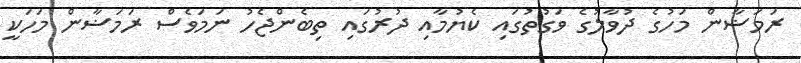
ރަމަޟާން މަހުގެ ދުވާލުގެ ވަގުތުގައި ކެޔުމާއި ދުރުގައި ތިބެންޖެހު ނަމަވެސް ރަމަޟާން މަހަކީ